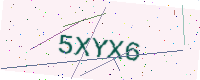
Text: 5XYX6